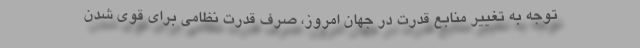
توجه به تغییر منابع قدرت در جهان امروز، صرف قدرت نظامی برای قوی شدن